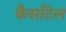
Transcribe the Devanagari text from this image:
कैसटिल